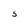
Character: 5